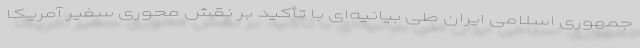
جمهوری اسلامی ایران طی بیانیه‌ای با تأکید بر نقش محوری سفیر آمریکا